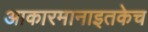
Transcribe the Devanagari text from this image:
आकारमानाइतकेच